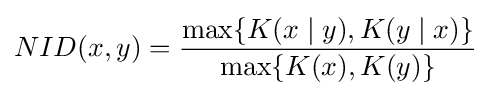
NID(x,y)={\frac {\max\{K{(x\mid y)},K{(y\mid x)}\}}{\max\{K(x),K(y)\}}}